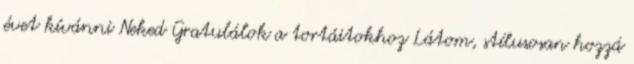
évet kívánni Neked Gratulálok a tortáitokhoz Látom, stílusosan hozzá